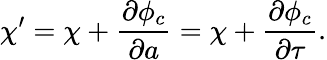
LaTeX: \chi^{\prime}=\chi+\frac{\partial\phi_{c}}{\partial a}=\chi+\frac{\partial\phi_{c}}{\partial\tau}.